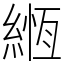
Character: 緪